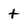
Character: t